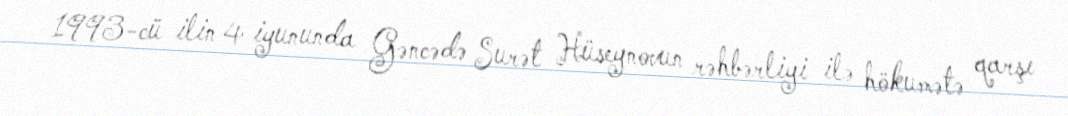
1993-cü ilin 4 iyununda Gəncədə Surət Hüseynovun rəhbərliyi ilə hökumətə qarşı